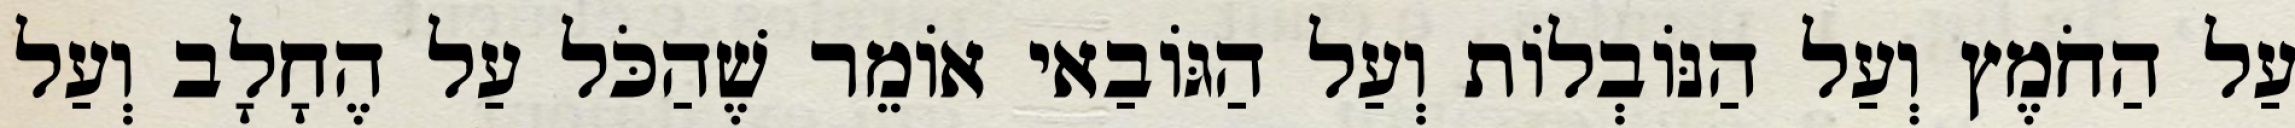
עַל הַחֹמֶץ וְעַל הַנּוֹבְלוֹת וְעַל הַגּוֹבַאי אוֹמֵר שֶׁהַכֹּל עַל הֶחָלָב וְעַל